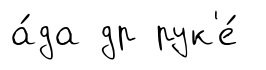
а́да др рук'е́